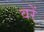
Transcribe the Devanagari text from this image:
वरें